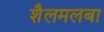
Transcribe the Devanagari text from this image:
शैलमलबा